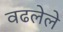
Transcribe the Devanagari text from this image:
वढलेले